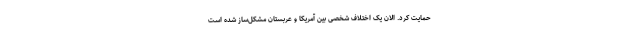
حمایت کرد. الان یک اختلاف شخصی بین آمریکا و عربستان مشکل‌ساز شده است